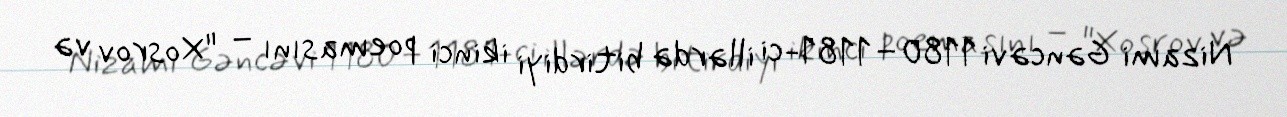
Nizami Gəncəvi 1180–1181-ci illərdə bitirdiyi ikinci poemasını – "Xosrov və